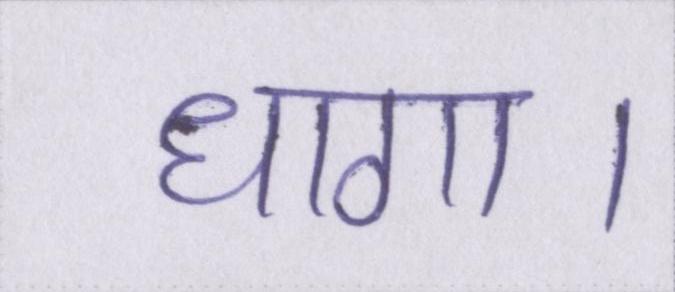
धागा।